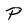
Character: P